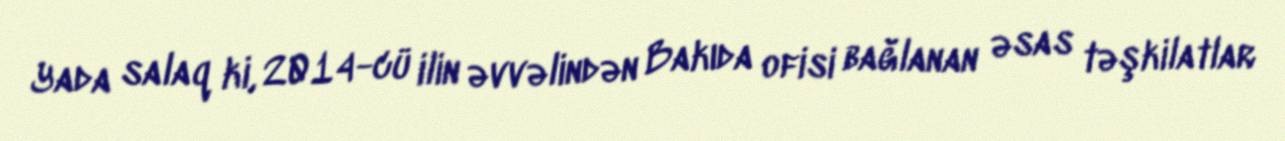
Yada salaq ki, 2014-cü ilin əvvəlindən Bakıda ofisi bağlanan əsas təşkilatlar